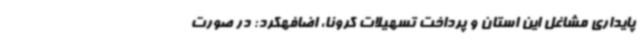
پایداری مشاغل این استان و پرداخت تسهیلات کرونا، اضافهکرد: در صورت